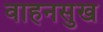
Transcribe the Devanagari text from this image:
वाहनसुख